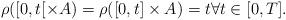
LaTeX: \begin{align*}\rho( [0,t[ \times A) = \rho( [0,t] \times A) =t \forall t\in [0,T].\end{align*}